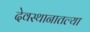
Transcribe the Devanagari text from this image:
देवस्थानातल्या